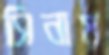
সিনায়